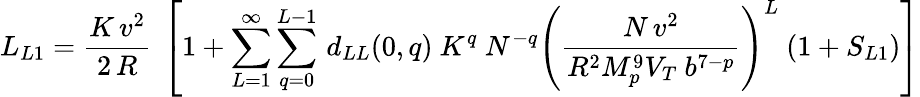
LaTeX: L_{L1}={\frac{K\, v^{2}}{2\, R}}~\left[1+\sum_{L=1}^{\infty}\sum_{q=0}^{L-1}\, d_{LL}(0,q)~K^{q}~N^{-q}\left({\frac{N\, v^{2}}{R^{2}M_{p}^{9}V_{T}~b^{7-p}}}\right)^{L}~(1+S_{L1})\right]